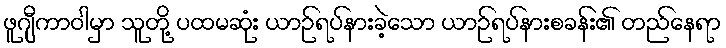
ဖူဂျီကာဝါမှာ သူတို့ ပထမဆုံး ယာဉ်ရပ်နားခဲ့သော ယာဉ်ရပ်နားစခန်း၏ တည်နေရာ